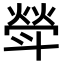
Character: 𣂈